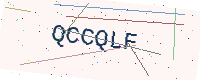
Text: QCCQLF